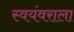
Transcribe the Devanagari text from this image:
स्वयंवराला